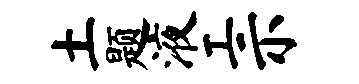
土题液工示